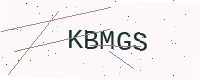
Text: KBMGS